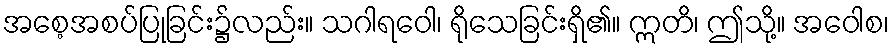
အစေ့အစပ်ပြုခြင်း၌လည်း။ သဂါရဝေါ၊ ရိုသေခြင်းရှိ၏။ ဣတိ၊ ဤသို့။ အဝေါစ၊